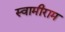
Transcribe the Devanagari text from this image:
स्वामीराम